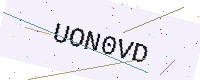
Text: UON0VD